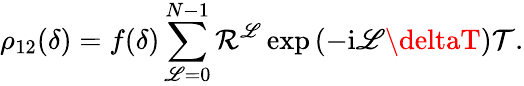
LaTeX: \rho_{12}(\delta)=f(\delta)\sum_{\mathscr{L}=0}^{N-1}\mathcal{{R}}^{\mathscr{L}}\exp\left(-\mathrm{{i}}\mathscr{L}\deltaT\right)\mathcal{{T}}.